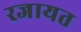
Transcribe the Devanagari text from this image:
रजायत